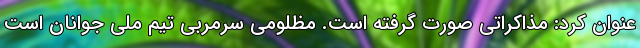
عنوان کرد: مذاکراتی صورت گرفته است. مظلومی سرمربی تیم ملی جوانان است